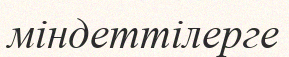
міндеттілерге